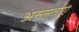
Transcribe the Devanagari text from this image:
असमताएं